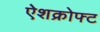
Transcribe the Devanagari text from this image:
ऐशक्रोफ्ट